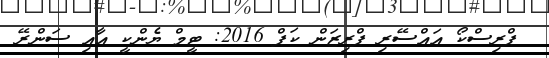
ޕްރިސްކޯ އައްސޭރި ޕްރިޒަން ކަޕް 2016: ޓީމް ޔެންކީ އާއި ސަންރޭ